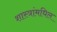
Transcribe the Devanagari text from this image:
शास्त्रांमधिल